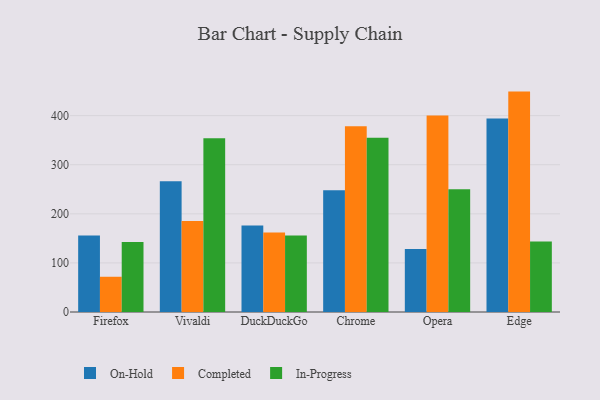
{"axis": {"x": "Browser", "y": "LTV (USD)"}, "legend": ["Completed", "In-Progress", "On-Hold"], "data": [{"x": "Firefox", "y": 156.0, "type": "On-Hold"}, {"x": "Firefox", "y": 71.8, "type": "Completed"}, {"x": "Firefox", "y": 142.6, "type": "In-Progress"}, {"x": "Vivaldi", "y": 266.5, "type": "On-Hold"}, {"x": "Vivaldi", "y": 185.3, "type": "Completed"}, {"x": "Vivaldi", "y": 354.1, "type": "In-Progress"}, {"x": "DuckDuckGo", "y": 176.2, "type": "On-Hold"}, {"x": "DuckDuckGo", "y": 161.9, "type": "Completed"}, {"x": "DuckDuckGo", "y": 155.9, "type": "In-Progress"}, {"x": "Chrome", "y": 248.1, "type": "On-Hold"}, {"x": "Chrome", "y": 378.2, "type": "Completed"}, {"x": "Chrome", "y": 354.8, "type": "In-Progress"}, {"x": "Opera", "y": 128.3, "type": "On-Hold"}, {"x": "Opera", "y": 400.2, "type": "Completed"}, {"x": "Opera", "y": 250.3, "type": "In-Progress"}, {"x": "Edge", "y": 394.0, "type": "On-Hold"}, {"x": "Edge", "y": 449.0, "type": "Completed"}, {"x": "Edge", "y": 143.8, "type": "In-Progress"}]}